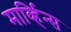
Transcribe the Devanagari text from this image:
मार्व्हिन्स